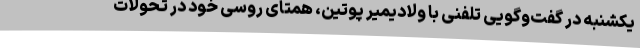
یکشنبه در گفت‌وگویی تلفنی با ولادیمیر پوتین، همتای روسی خود در تحولات